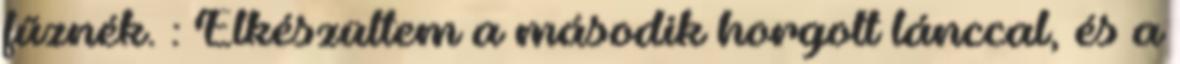
fűznék. : Elkészültem a második horgolt lánccal, és a